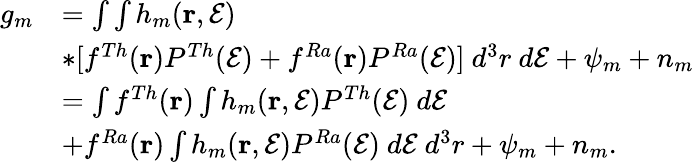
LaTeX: \begin{array}{rl}{g_{m}}&{=\int\int h_{m}(\mathbf{r},\mathcal{E})}\\ &{*[f^{Th}(\mathbf{r})P^{Th}(\mathcal{E})+f^{Ra}(\mathbf{r})P^{Ra}(\mathcal{E})]~d^{3}r~d\mathcal{E}+\psi_{m}+n_{m}}\\ &{=\int f^{Th}(\mathbf{r})\int h_{m}(\mathbf{r},\mathcal{E})P^{Th}(\mathcal{E})~d\mathcal{E}}\\ &{+f^{Ra}(\mathbf{r})\int h_{m}(\mathbf{r},\mathcal{E})P^{Ra}(\mathcal{E})~d\mathcal{E}~d^{3}r+\psi_{m}+n_{m}.}\end{array}